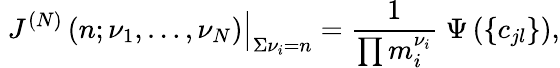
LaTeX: \left.\; J^{(N)}\left(n;\nu_{1},\ldots,\nu_{N}\right)\right|_{\Sigma\nu_{i}=n}=\frac{1}{\prod m_{i}^{\nu_{i}}}\; \Psi\left(\left\{ c_{jl}\right\} \right),